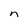
Character: n